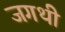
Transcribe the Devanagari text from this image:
जगथी